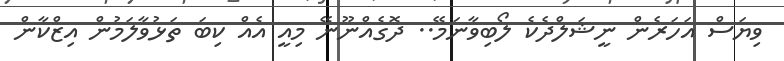
ވިޔަސް އަހަރެން ނީޝަލްދެކެ ލޯބިވާނަމޭ.. ދޮގެއްނޫނޭ މިއީ އެއް ކިބަ ތަޅުވާލަމުން އިޒްކާން